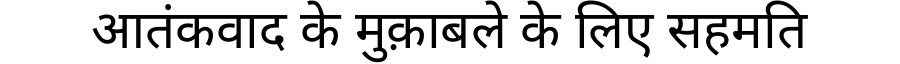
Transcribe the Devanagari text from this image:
आतंकवाद के मुक़ाबले के लिए सहमति